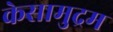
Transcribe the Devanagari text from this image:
केसामुद्रम